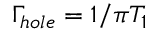
\Gamma _ { h o l e } = 1 / \pi T _ { 1 }